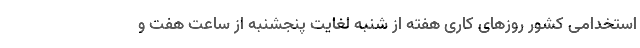
استخدامی کشور روزهای کاری هفته از شنبه لغایت پنجشنبه از ساعت هفت و